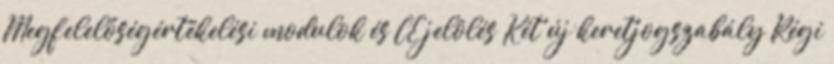
Megfelelőségértékelési modulok és CE jelölés Két új keretjogszabály Régi